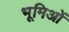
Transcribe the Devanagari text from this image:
भूमिओं